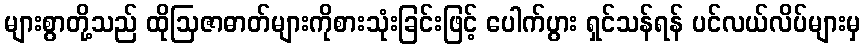
များစွာတို့သည် ထိုဩဇာဓာတ်များကိုစားသုံးခြင်းဖြင့် ပေါက်ပွား ရှင်သန်ရန် ပင်လယ်လိပ်များမှ